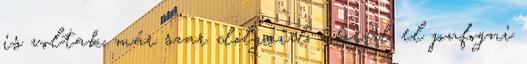
is voltak már szar dolgaid - kezd el pufogni